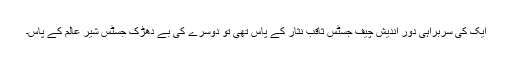
ایک کی سربراہی دور اندیش چیف جسٹس ثاقب نثار کے پاس تھی تو دوسرے کی بے دھڑک جسٹس شیر عالم کے پاس۔